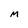
Character: M